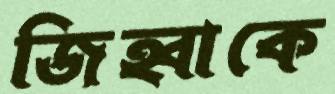
জিহ্বাকে